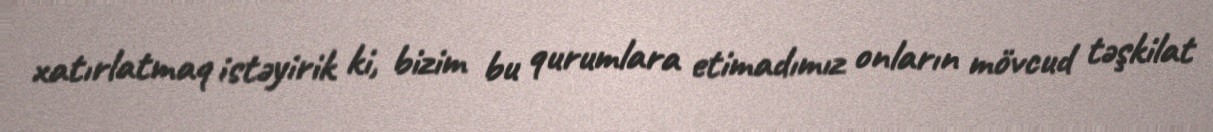
xatırlatmaq istəyirik ki, bizim bu qurumlara etimadımız onların mövcud təşkilat